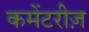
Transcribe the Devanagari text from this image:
कमेंटरीज़